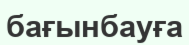
бағынбауға